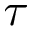
\tau